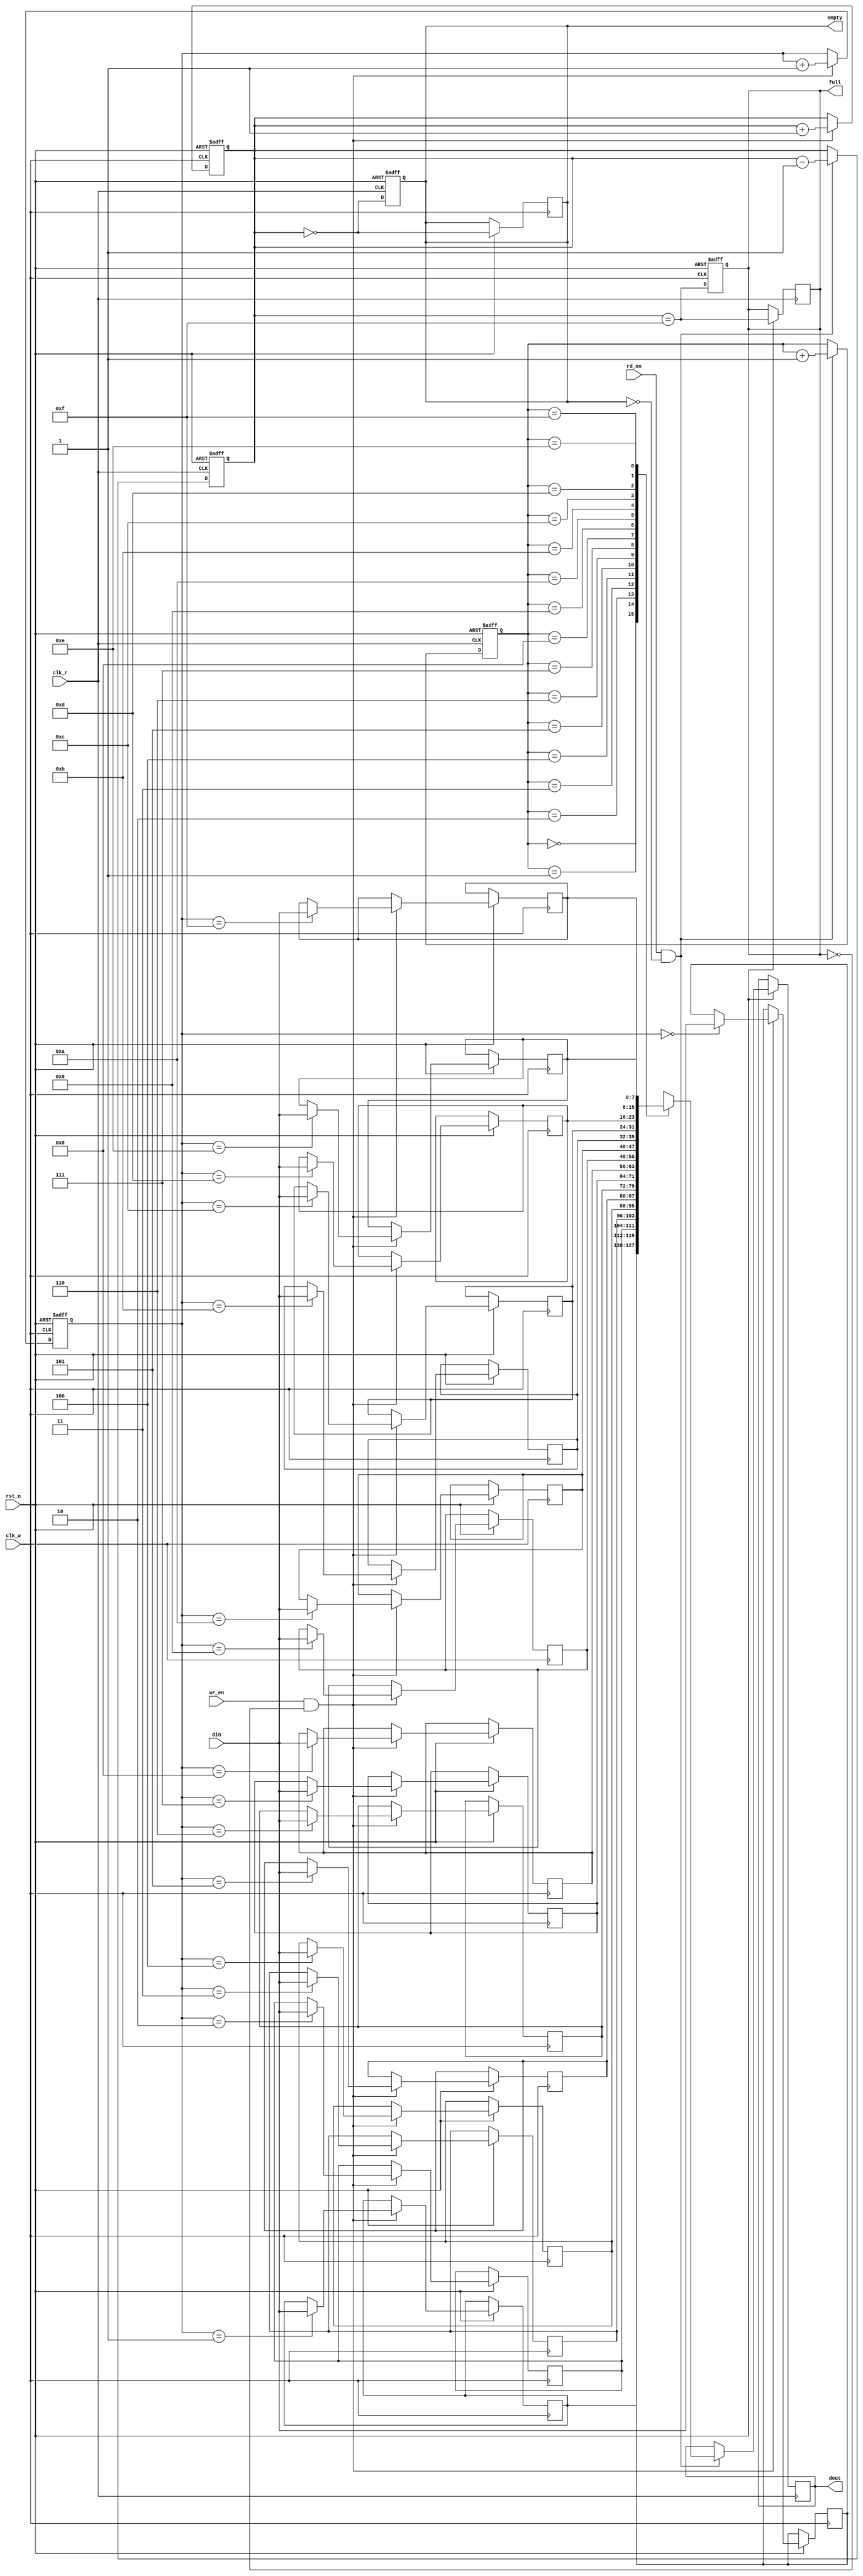
module dual_clock_fifo #(parameter DATA_WIDTH = 8,    // Width of the data
                         parameter FIFO_DEPTH = 16)  // Depth of the FIFO
(
    input wire clk_w,                           // Write clock
    input wire clk_r,                           // Read clock
    input wire rst_n,                           // Asynchronous reset (active low)
    input wire wr_en,                           // Write enable
    input wire rd_en,                           // Read enable
    input wire [DATA_WIDTH-1:0] din,           // Data input
    output reg [DATA_WIDTH-1:0] dout,          // Data output
    output reg full,                            // FIFO full flag
    output reg empty                            // FIFO empty flag
);

    // Internal parameters
    localparam ADDR_WIDTH = $clog2(FIFO_DEPTH);

    // Memory array
    reg [DATA_WIDTH-1:0] fifo_mem [0:FIFO_DEPTH-1];
    
    // Write Pointer and Read Pointer
    reg [ADDR_WIDTH-1:0] wr_ptr;
    reg [ADDR_WIDTH-1:0] rd_ptr;

    // FIFO status flags
    reg [ADDR_WIDTH:0] fifo_count; // Count of current elements in FIFO

    initial begin
        full = 1'b0;
        empty = 1'b1;
        fifo_count = 0;
        wr_ptr = 0;
        rd_ptr = 0;
    end

    // Write Logic
    always @(posedge clk_w or negedge rst_n) begin
        if (!rst_n) begin
            wr_ptr <= 0;
            fifo_count <= 0;
            full <= 1'b0;
        end else begin
            if (wr_en && !full) begin
                fifo_mem[wr_ptr] <= din; // Write data
                wr_ptr <= wr_ptr + 1;
                fifo_count <= fifo_count + 1;
            end

            // Update full flag
            full <= (fifo_count == FIFO_DEPTH - 1);
            empty <= (fifo_count == 0);
        end
    end

    // Read Logic
    always @(posedge clk_r or negedge rst_n) begin
        if (!rst_n) begin
            rd_ptr <= 0;
            fifo_count <= 0;
            empty <= 1'b1;
        end else begin
            if (rd_en && !empty) begin
                dout <= fifo_mem[rd_ptr]; // Read data
                rd_ptr <= rd_ptr + 1;
                fifo_count <= fifo_count - 1;
            end

            // Update empty flag
            empty <= (fifo_count == 0);
            full <= (fifo_count == FIFO_DEPTH - 1);
        end
    end

endmodule